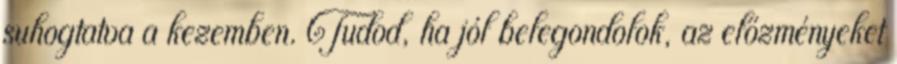
suhogtatva a kezemben. Tudod, ha jól belegondolok, az előzményeket